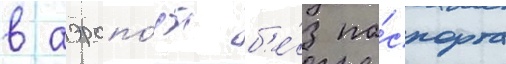
в аэропо́рт б'е́з па́спорта